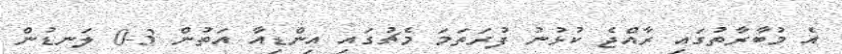
އެ މުބާރާތުގައި ރާއްޖެ ކުޅުނު ފުރަތަމަ މެޗުގައި އިންޑިއާ އަތުން 3-0 ލަނޑުން